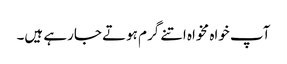
آپ خواہ مخواہ اتنے گرم ہوتے جارہے ہیں۔